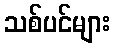
သစ်ပင်များ